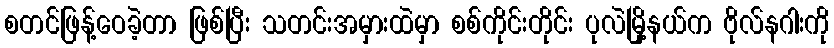
စတင်ဖြန့်ဝေခဲ့တာ ဖြစ်ပြီး သတင်းအမှားထဲမှာ စစ်ကိုင်းတိုင်း ပုလဲမြို့နယ်က ဗိုလ်နဂါးကို